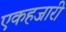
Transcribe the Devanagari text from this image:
एकहजारी